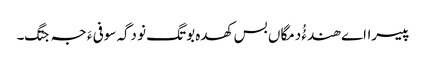
پیسرااے ھندءُُ دمگاں بس کھدہ بوتگ نو دگہ سوفی ءَ جہ جتگ۔